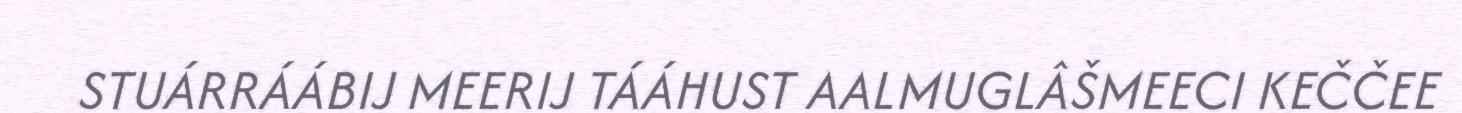
STUÁRRÁÁBIJ MEERIJ TÁÁHUST AALMUGLÂŠMEECI KEČČEE